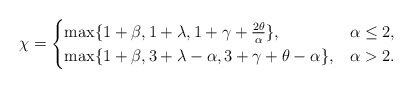
\begin{align*}\chi =\begin{cases}\max\{1+\beta, 1+\lambda, 1+ \gamma+ \frac{2\theta}{\alpha} \}, & \alpha \leq 2 , \\\max\{1+\beta, 3+\lambda-\alpha, 3+\gamma+\theta-\alpha\}, & \alpha > 2 .\end{cases}\end{align*}